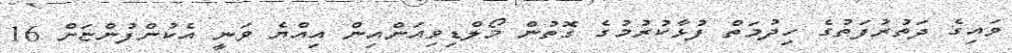
ވައިގެ ދަތުރުފަތުގެ ހިދުމަތް ފުޅާކުރުމުގެ ގޮތުން މޯލްޑިވިއަންއިން އިއްޔެ ވަނީ އެކުންފުންޏަށް 16